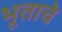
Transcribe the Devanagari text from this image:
भूताचे